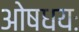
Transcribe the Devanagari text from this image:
ओषधयः